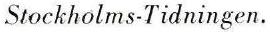
Stockholms-Tidningen.